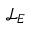
\mathcal { L } _ { \boldsymbol { E } }